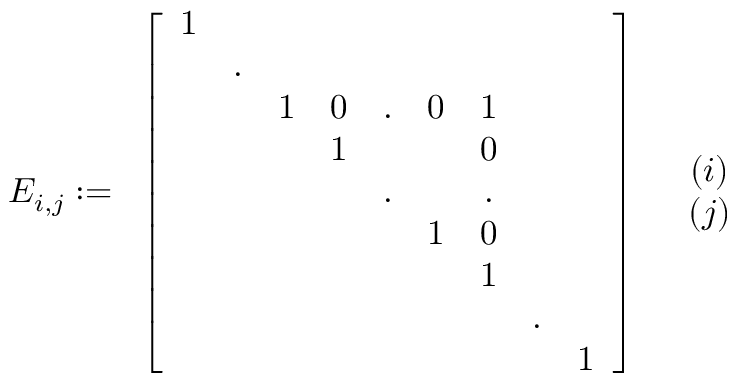
E _ { i , j } : = \begin{array} { c c } { \left[ \begin{array} { c c c c c c c c c } { 1 } & & & & & & & & \\ & { . } & & & & & & & \\ & & { 1 } & { 0 } & { . } & { 0 } & { 1 } & & \\ & & & { 1 } & & & { 0 } & & \\ & & & & { . } & & { . } & & \\ & & & & & { 1 } & { 0 } & & \\ & & & & & & { 1 } & & \\ & & & & & & & { . } & \\ & & & & & & & & { 1 } \end{array} \right] } & { \begin{array} { c } { ( i ) } \\ { ( j ) } \end{array} } \end{array}